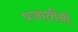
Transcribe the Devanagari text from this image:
प्रजातींनी